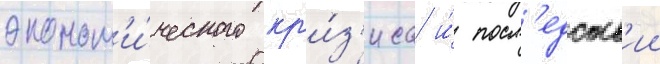
эконом'и́ческого кр'и́з'иса и́ посл'едств'ии